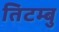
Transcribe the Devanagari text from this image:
तिटम्बु